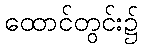
ထောင်တွင်း၌